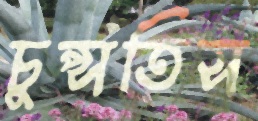
চুপ্‌সতিস